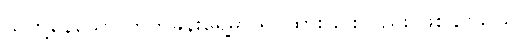
သူတို့နေသော တိုက်ခန်းရှေ့မှာ ရပ်ထားခြင်းလည်း ဖြစ်နိုင်သည်။